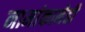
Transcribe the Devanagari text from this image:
नामांकानेही